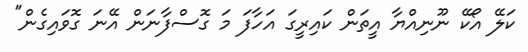
ކަލޭ އޯކޭ ނޫނިއްޔާ އީތަން ކައިރީގަ އަހާފަ މަ ގޮސްފާނަން އޭނަ ގޮވައިގެން"